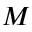
M